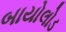
બાયોલોડ